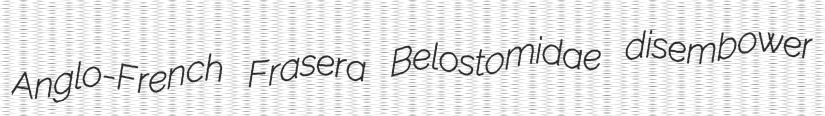
Anglo-French Frasera Belostomidae disembower